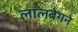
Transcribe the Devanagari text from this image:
लालबेगने